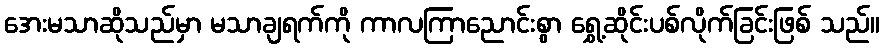
အေးမသာဆိုသည်မှာ မသာချရက်ကို ကာလကြာညောင်းစွာ ရွှေ့ဆိုင်းပစ်လိုက်ခြင်းဖြစ် သည်။